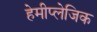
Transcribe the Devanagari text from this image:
हेमीप्लेजिक